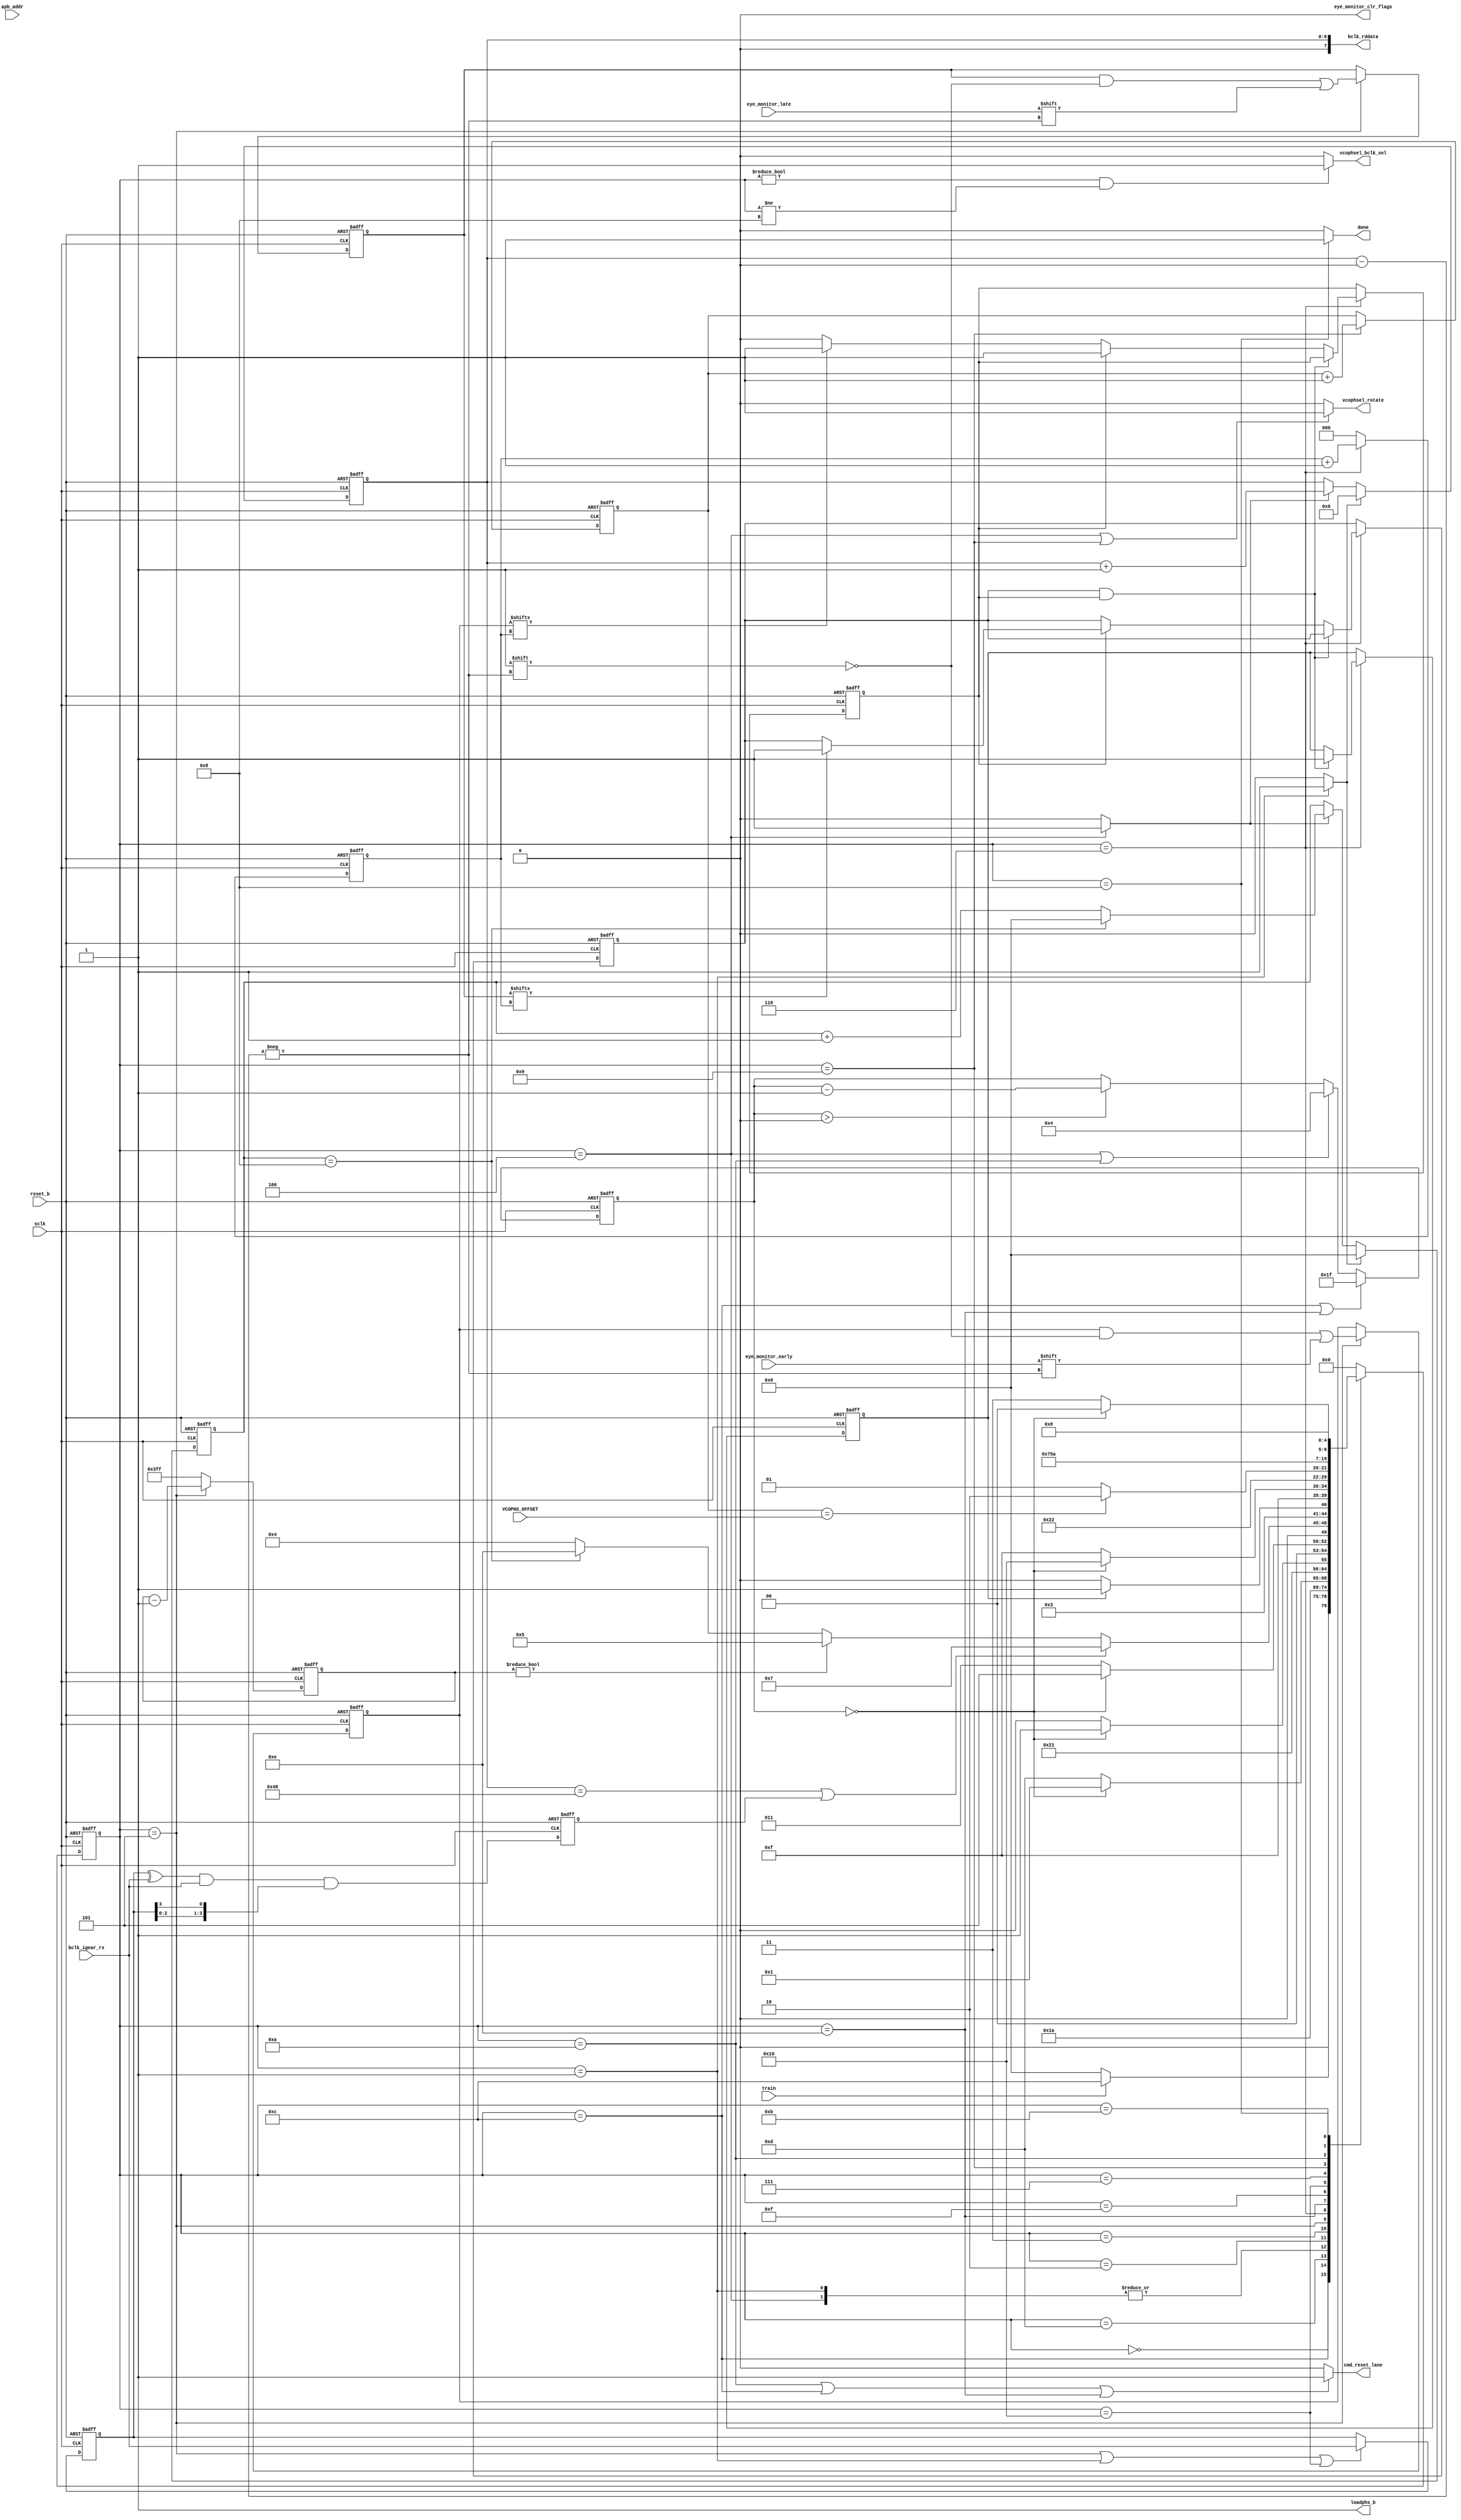
// *********************************************************************/ 
// Copyright (c) 2015 Microsemi Corporation.  All rights reserved.  
// 
// Any use or redistribution in part or in whole must be handled in 
// accordance with the Actel license agreement and must be approved 
// in advance in writing.  
//  
//     
// Description: training block for aligning BCLK (bank clock) to SCLK
//              (system clock)
//
// Notes:

// AS: Modified to remove use of Enable signal, because this is not an EIP
//     signal, but an SCB signal.
//     Changed dem_mvdone to eye_monitor_clr_flags

// *********************************************************************/ 
`timescale 1 ns / 1 ps

module trn_bclksclk (
  input       reset_b,
  input       sclk,
  input       train,
  // Data eye monitor signsls
  input       eye_monitor_early,
  input       eye_monitor_late,
  output      eye_monitor_clr_flags,
  
  // Phase select
  output wire vcophsel_bclk_sel,
  output wire vcophsel_rotate,
  output wire loadphs_b,
  output wire done,
  
  // AS: added new signals for training
  input [3:0]         bclk_igear_rx,
  output wire         cmd_reset_lane,
  input [2:0]         VCOPHS_OFFSET,
  input [15:0]        apb_addr,
  output reg [7:0]    bclk_rddata
);

//parameter [2:0]       VCOPHS_OFFSET = 4;
parameter             SKIP_TRAINING = 1;

// states
parameter SM_IDLE = 0;
parameter SM_LOAD = 1;
parameter SM_DEM1 = 2;
parameter SM_DEM2 = 3;
parameter SM_CFLG = 4;
parameter SM_STOR = 5;
parameter SM_CALC = 6;
parameter SM_VSET = 7;
parameter SM_DONE = 8;
parameter SM_VSE2 = 9;
parameter SM_PAUS = 10;
parameter SM_WAIT = 11;
parameter SM_RESE = 12;
parameter SM_RESW = 13;
parameter SM_MRST = 14;
parameter SM_MRSW = 15;
parameter SM_RREG = 16; // re-register the data


// -------------------------------------------
// WIRES AND REGISTERS
// -------------------------------------------

wire load_vcophsel, incr_vcophsel;

// register for keeping track internally
// reg [2:0] vcophsel_bclk;
// AS: support up to 32 rotations instead of 8
reg [6:0] vcophsel_bclk;
reg [2:0] vcophsel_target;

// state
reg [4:0] current_state;
reg [4:0] next_state;

// register for storing flag values
reg [7:0] early_flags, late_flags;


// wait state counters
reg [4:0] dly_cnt;

// calc registers
reg [2:0] flag_cnt, early_val, late_val;
reg calc_early_set;
reg calc_late_set;
reg calc_done;

// AS: eye monitor workaround
reg       transition_detected;
reg [3:0] bclk_igear_rx_reg;
reg       error;
reg [2:0] rotate_count;
reg [3:0] reset_cycle_count;
reg [9:0] transition_check_counter;


// -------------------------------------------
// INTERNAL SIGNAL ASSIGNMENTS
// -------------------------------------------
//assign load_vcophsel = ((current_state == SM_LOAD) || (current_state == SM_CALC)) ? 1'b1 : 1'b0;
assign load_vcophsel = (current_state == SM_LOAD) ? 1'b1 : 1'b0;
//assign incr_vcophsel = (current_state == SM_VSE2) ? 1'b1 : 1'b0;

// AS (4/18/17): fix for BCLK/SCLk training getting stuck
assign incr_vcophsel = (current_state == SM_CFLG) ? 1'b1 : 1'b0;

// -------------------------------------------
// OUTPUT ASSIGNMENTS
// -------------------------------------------

assign done = (current_state == SM_DONE) ? 1'b1 : 1'b0;
//assign eye_monitor_clr_flags = ((current_state == SM_CFLG) || (current_state == SM_LOAD)) ? 1'b1 : 1'b0;
assign eye_monitor_clr_flags = 1'b0;
//assign vcophsel_rotate = ((current_state == SM_CFLG) || (current_state == SM_VSE2) || (current_state == SM_CALC)) ? 1'b1 : 1'b0;
assign vcophsel_rotate = (current_state == SM_CFLG) | (current_state == SM_VSE2) ? 1'b1 : 1'b0;
assign vcophsel_bclk_sel = ((current_state != SM_IDLE) && (current_state != SM_DONE)) ? 1'b1 : 1'b0;
assign cmd_reset_lane = ((current_state == SM_PAUS) | (current_state == SM_RESE) | (current_state == SM_MRST))  ? 1'b1 : 1'b0;

// reload the phs (to 0) during calculation, that way we're ready
// to load the new VCOPH_SEL value when we're done

// AS: because we don't want to reload 0's anymore (for SAR 82438)
//     we need to never load, using rotate and direction instead
// assign loadphs_b = ((current_state == SM_CALC) || (current_state == SM_LOAD)) ? 1'b0 : 1'b1;
assign loadphs_b = 1'b1; // tied off

// -------------------------------------------
// SYNCHRONOUS LOGIC
// ------------------------------------------

// AS: 8/10/17 Added counter to do multiple checks for transition
always @ (posedge sclk or negedge reset_b)
begin : trans_cnt
  if (!reset_b)
    transition_check_counter <= 10'h3FF;
  else
    if (current_state == SM_STOR)
      transition_check_counter <= transition_check_counter - 10'h01;
    else
      transition_check_counter <= 10'h3FF;
end


// AS: eye monitor workaround
// register rx bits
always@(posedge sclk or negedge reset_b)
begin : register_rx
  if (!reset_b)
  begin
    rotate_count <= 3'b000;
    bclk_igear_rx_reg <= 4'h0;
    transition_detected <= 1'b0;
    error <= 1'b0;
  end
  else
  begin
    //transition_detected <=  |((bclk_igear_rx_reg[3:0] ^ bclk_igear_rx[3:0]) && bclk_igear_rx[3:0]);
    transition_detected <=  |((bclk_igear_rx_reg[3:0] ^ bclk_igear_rx[3:0]) && bclk_igear_rx[3:0] && {bclk_igear_rx_reg[2:0], bclk_igear_rx_reg[3]});
    error <= &bclk_igear_rx_reg[3:0] || &(!bclk_igear_rx_reg[3:0]);
    if (current_state == SM_STOR || current_state == SM_LOAD || current_state == SM_RREG)
      bclk_igear_rx_reg[3:0] <= bclk_igear_rx[3:0];
    else
      bclk_igear_rx_reg[3:0] <= bclk_igear_rx_reg[3:0];
      
    if (current_state == SM_VSE2)
      rotate_count <= rotate_count + 3'b001;
    else
      rotate_count <= rotate_count;
  end
  

end


// AS: deprecated, but leaving it in for now
// calculate midpoint after all flags are stored
always@(posedge sclk or negedge reset_b)
begin: calc_proc
  if (!reset_b)
  begin
    flag_cnt <= 3'b000;
    early_val <= 3'b000;
    late_val <= 3'b000;
    calc_early_set <= 1'b0;
    calc_late_set <= 1'b0;
    vcophsel_target <= 3'b000;
    calc_done <= 1'b0;
  end
  else
  begin
    if (current_state == SM_CALC)
    begin
      // always increment
      flag_cnt <= flag_cnt + 3'b001;
      
      if (calc_late_set && calc_early_set)
      begin
        if (early_val < late_val)
          vcophsel_target <= (early_val + late_val) >> 1;
        else
          vcophsel_target <= early_val; // Fix: need a more complex algorith, good for now
        calc_done <= 1'b1;
      end
      else if (calc_early_set==1'b1)
      begin
        if (late_flags[flag_cnt] == 1'b1)
        begin
          late_val <= flag_cnt;
          calc_late_set <= 1'b1;
        end
      end
      else 
      begin
        if (early_flags[flag_cnt] == 1'b1)
        begin
          early_val <= flag_cnt;
          calc_early_set <= 1'b1;
        end
      end
    end
    else
    begin
      flag_cnt <= 3'b000;
    end
  end
end

// AS: 5/1: support 32 rotations instead of 8
always @ (posedge sclk or negedge reset_b)
begin: vcophsel_bclk_ctrl
  if (!reset_b)
    vcophsel_bclk <= 7'b0000000;
  else
  begin
    if (load_vcophsel == 1'b1)
      vcophsel_bclk <= 7'b0000000;
    else if ((incr_vcophsel == 1'b1))
      vcophsel_bclk <= vcophsel_bclk + 7'b0000001;
    else
      vcophsel_bclk <= vcophsel_bclk;
  end
end

// AS: 5/10, added new counter to obviate
//     the need for a modulus (%) operation
always @ (posedge sclk or negedge reset_b)
begin: reset_cycle_counter
  if (!reset_b)
    reset_cycle_count <= 4'b0000;
  else
  begin
    if (load_vcophsel == 1'b1)
      reset_cycle_count <= 4'b0000;
    else if ((incr_vcophsel == 1'b1))
      if (reset_cycle_count == 4'b1000) // 8 rotates (+1)
        reset_cycle_count <= 4'b0000;
      else 
        reset_cycle_count <= reset_cycle_count + 4'b0001;
    else
      reset_cycle_count <= reset_cycle_count;
  end
end

// wait counter
always @ (posedge sclk or negedge reset_b)
begin
  if (!reset_b)
    dly_cnt[4:0] <= 4'h0;
  else
  begin
    if ((current_state == SM_RESE) | (current_state == SM_MRST))
      dly_cnt[4:0] <= 5'h1F; //  31 clock cycles after reset
    else if ((current_state == SM_CFLG) | (current_state == SM_PAUS) ) // when entering DEM control stage
      dly_cnt[4:0] <= 5'h4; // 4 clock cycles
    else if (dly_cnt[4:0] > 5'h0)
      dly_cnt[4:0] <= dly_cnt[4:0] - 5'h1;
    else
      dly_cnt[4:0] <= dly_cnt[4:0];
  end
end

// AS: deprecated, but leaving it in for now
// store flags
always @ (posedge sclk or negedge reset_b)
begin
  if (!reset_b)
  begin
    early_flags[7:0] <= 8'h00;
    late_flags[7:0] <= 8'h00;
  end
  else
  begin
    if (current_state == SM_STOR)
    begin
      early_flags[vcophsel_bclk] <= eye_monitor_early;
      late_flags[vcophsel_bclk] <= eye_monitor_late;
    end
    
  end
end


// -------------------------------------------
// STATE MACHINE
// -------------------------------------------

always @ (posedge sclk or negedge reset_b)
begin: SM
  if (!reset_b)
    current_state <= SM_IDLE;
  else
    current_state <= next_state;    
end

always@(*)
begin
  case (current_state)
    SM_IDLE:
      if (train==1'b1)
        next_state = SM_RESE;
      else
        next_state = SM_IDLE;

    SM_RESE:
      next_state = SM_RESW;
      
    SM_RESW:
      if (dly_cnt[4:0] == 5'b00000)
        next_state = SM_LOAD;
      else
        next_state = SM_RESW;
        
    SM_LOAD:
      next_state = SM_DEM1;
    
    SM_CFLG:
        next_state = SM_DEM1;
    
    SM_DEM1:
      if (dly_cnt[4:0] == 5'b00000)
        next_state = SM_DEM2;
      else
        next_state = SM_DEM1;
    
    SM_DEM2:
      if (dly_cnt[4:0] == 5'b00000)
        next_state = SM_STOR;
      else
        next_state = SM_DEM2;

    SM_STOR:
      // next_state = SM_CALC;
      // AS: if we get all the way to the end, we're done
      // AS: 5/1/17: modified to allow phsel to rotate up to 32 times
      if ( vcophsel_bclk == 7'b1001000 || transition_detected )
        next_state = SM_VSET;
      else if (transition_check_counter != 10'h000) // AS: 8/10 repeat 32 times
        next_state = SM_STOR;
      else if (reset_cycle_count == 4'b1000) // multiple of nine, do a reset
        next_state = SM_MRST;
      else
        next_state = SM_CFLG;
        
    SM_CALC:
      if (calc_done == 1'b1)
        next_state = SM_VSET;
      else
        next_state = SM_CALC;

    SM_MRST:
      next_state = SM_MRSW;

    SM_MRSW:
      if (dly_cnt[4:0] == 5'b00000)
        next_state = SM_RREG;
      else
        next_state = SM_MRSW;
    
    // re-register data to accound for gearbox reset
    SM_RREG:
      next_state = SM_CFLG;
    
    
    SM_VSET:
      // AS: eye monitor workaround
      // if (vcophsel_target[2:0] == vcophsel_bclk[2:0])
      // if (rotate_count == 3'b100) // rotate 4 times after alignment
      if (rotate_count == VCOPHS_OFFSET[2:0])
        next_state = SM_PAUS;
      else
        next_state = SM_VSE2; // do a rotate/increment
        
    SM_VSE2:
      next_state = SM_VSET;
    
    SM_PAUS:
      next_state = SM_WAIT;
    
    SM_WAIT:
      if (dly_cnt[4:0] == 5'b00000)
        next_state = SM_DONE;
      else
        next_state = SM_WAIT;
    
    SM_DONE:
      next_state = SM_DONE;
        
    default: next_state = SM_IDLE;
  endcase
end

// AS: added APB registers
always@(*)
begin : bclk_rddata_output
  bclk_rddata = {1'b0, vcophsel_bclk[6:0]};
end

endmodule